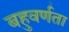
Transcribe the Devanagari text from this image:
बहुवर्णता